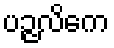
ပဉ္ဇလိကေ